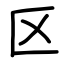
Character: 区